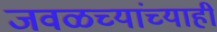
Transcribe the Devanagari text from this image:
जवळच्यांच्याही